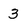
Character: 3